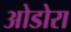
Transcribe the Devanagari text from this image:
ओडोरा